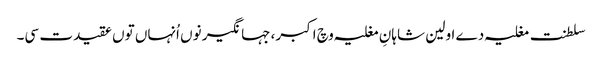
سلطنت مغلیہ دے اولین شاہانِ مغلیہ وچ اکبر، جہانگیر نو‏‏ں اُنہاں تو‏ں عقیدت سی۔